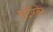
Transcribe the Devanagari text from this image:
खदीरबेट